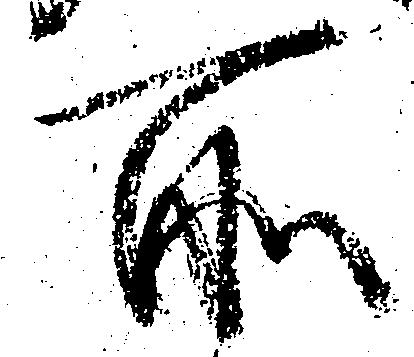
所